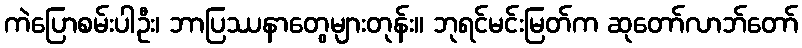
ကဲပြောစမ်းပါဦး၊ ဘာပြဿနာတွေများတုန်း။ ဘုရင်မင်းမြတ်က ဆုတော်လာဘ်တော်